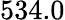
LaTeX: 534.0